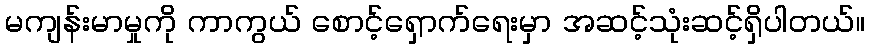
မကျန်းမာမှုကို ကာကွယ် စောင့်ရှောက်ရေးမှာ အဆင့်သုံးဆင့်ရှိပါတယ်။